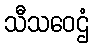
သီသဝေဌံ